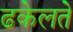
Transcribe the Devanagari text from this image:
ढकेलते